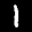
Label: 1